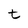
Character: t